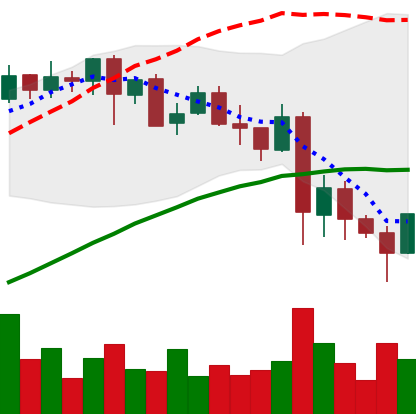
Ticker: LINK-USD
Chart end date: 2021-05-24
Forward return: -3.658%
Label: down_3_5